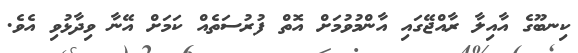
ކިނބޫގެ އާއިލާ ރާއްޖޭގައި އާންމުވުމަށް އޮތް ފުރުސަތެއް ކަމަށް އޭނާ ވިދާޅުވި އެވެ.